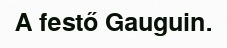
A festő Gauguin.